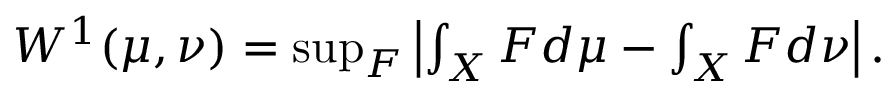
\begin{array} { r } { W ^ { 1 } ( \mu , \nu ) = \operatorname* { s u p } _ { F } \left| \int _ { X } F d \mu - \int _ { X } F d \nu \right| . } \end{array}